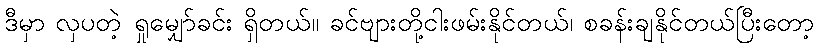
ဒီမှာ လှပတဲ့ ရှုမျှော်ခင်း ရှိတယ်။ ခင်ဗျားတို့ငါးဖမ်းနိုင်တယ်၊ စခန်းချနိုင်တယ်ပြီးတော့